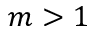
m > 1